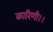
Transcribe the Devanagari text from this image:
कारिणी।।